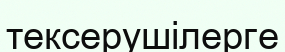
тексерушілерге